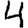
Digit: 4